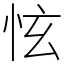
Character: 怰